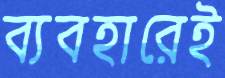
ব্যবহারেই